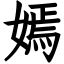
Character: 嫣